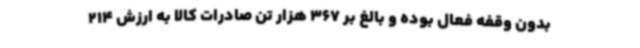
بدون وقفه فعال بوده و بالغ بر 367 هزار تن صادرات کالا به ارزش 214